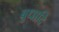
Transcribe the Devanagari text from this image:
बुधादि